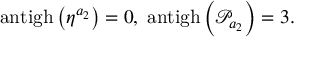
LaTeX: \mathrm { a n t i g h } \left( \eta ^ { a _ { 2 } } \right) = 0 , \; \mathrm { a n t i g h } \left( \mathcal { P } _ { a _ { 2 } } \right) = 3 .